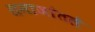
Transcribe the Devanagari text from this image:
समाजांतले